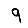
Digit: 9